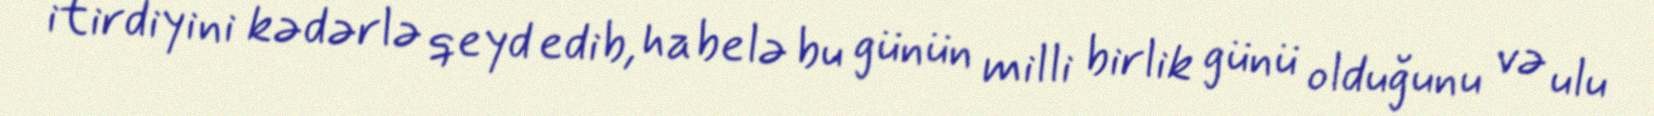
itirdiyini kədərlə qeyd edib, habelə bu günün milli birlik günü olduğunu və ulu